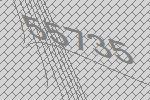
55735